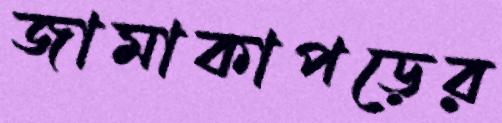
জামাকাপড়ের